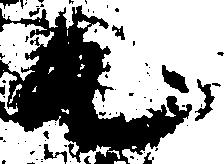
丸